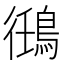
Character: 𬷘